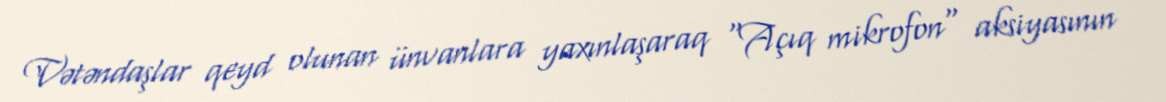
Vətəndaşlar qeyd olunan ünvanlara yaxınlaşaraq "Açıq mikrofon" aksiyasının